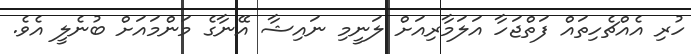
ހުރި އެއްޗެހިތައް ފަތްޖަހާ އަލަމާރިއަށް ލަނީމި ނައިޝާ އޭނާގެ މަންމައަށް ބުނެލީ އެވެ.